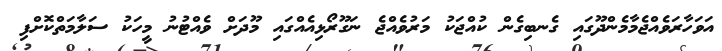
އަވަހާރަވެއްޖެމާމެންދޫގައި ގެނބިގެން ކުއްޖަކު މަރުވެއްޖެ ނަގޫރޯޅިއެއްގައި މޫދަށް ވެއްޓުނު މީހަކު ސަލާމަތްކޮށްފި